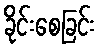
ခိုင်းစေခြင်း